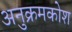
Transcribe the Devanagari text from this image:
अनुक्रमकोश